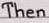
Then